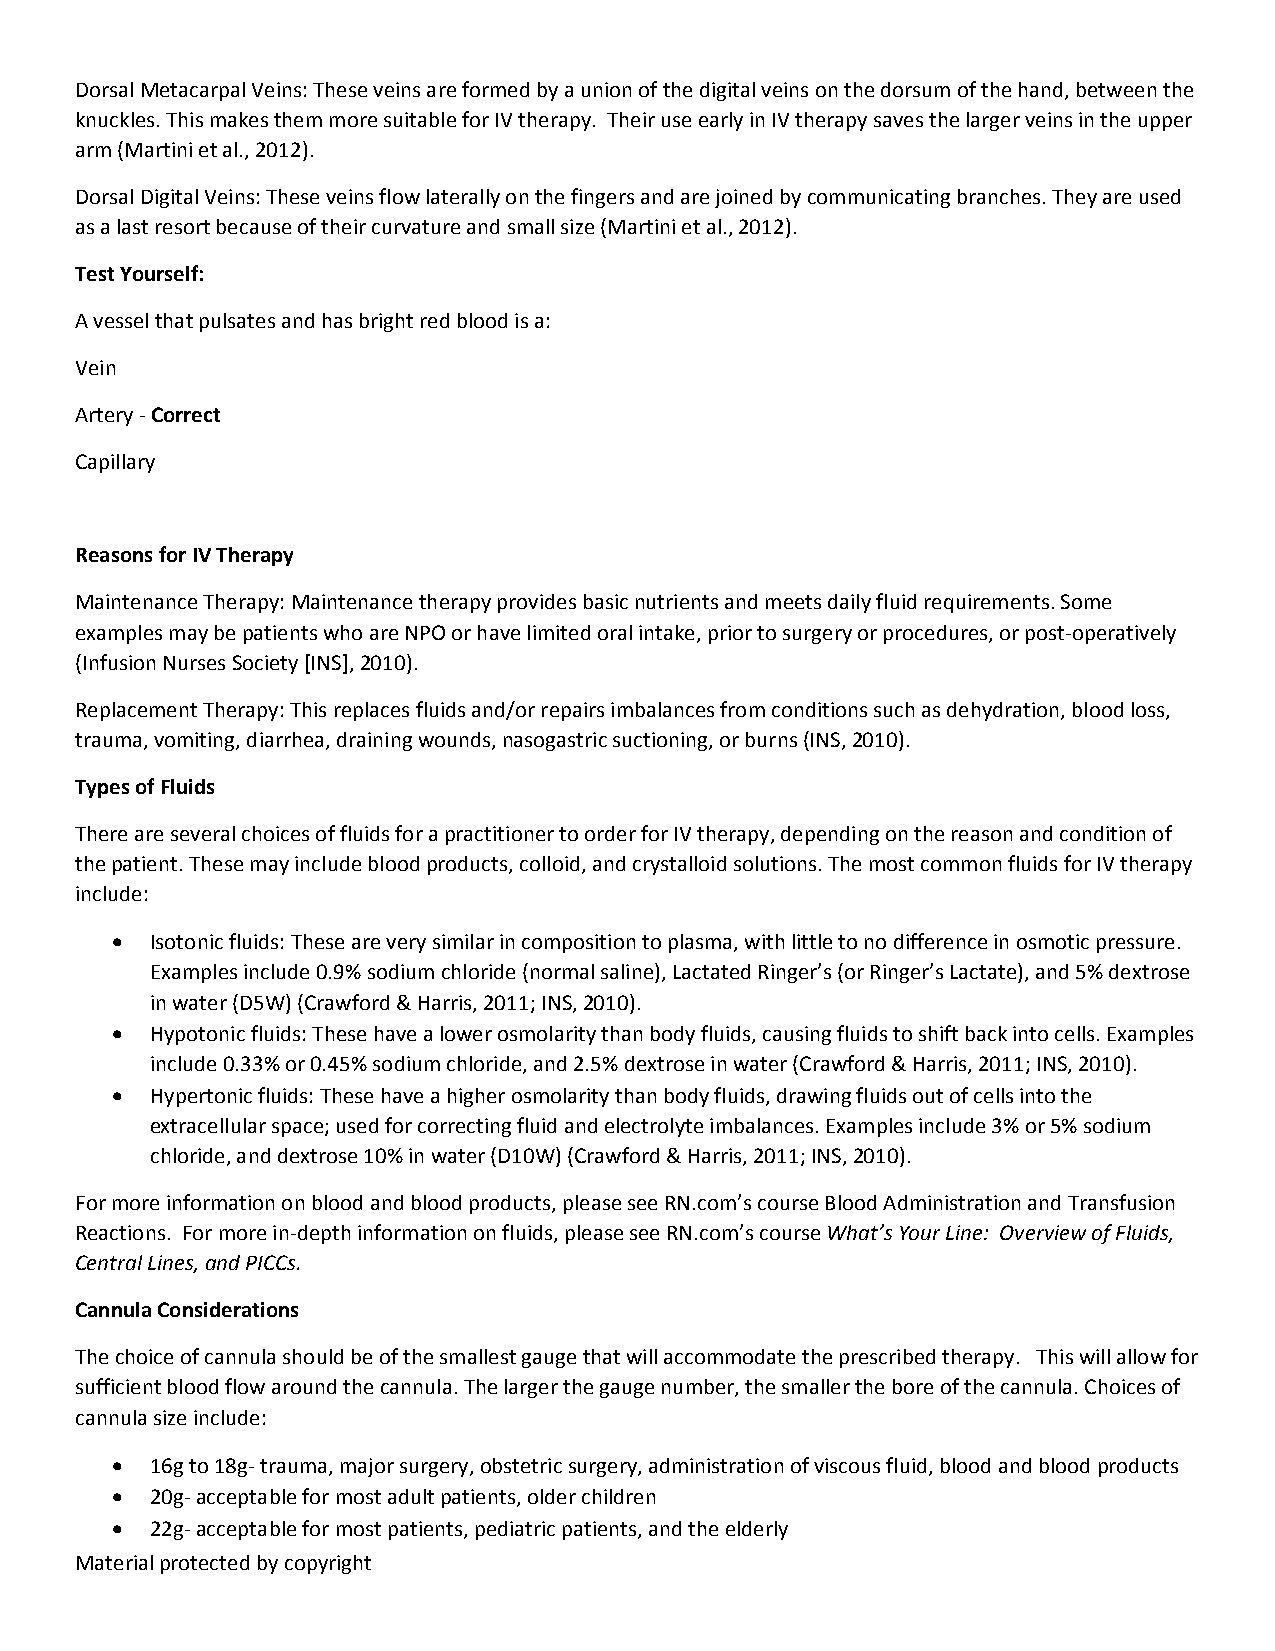
Dorsal Metacarpal Veins: These veins are formed by a union of the digital veins on the dorsum of the hand, between the
 knuckles. This makes them more suitable for IV therapy. Their use early in IV therapy saves the larger veins in the upper
 arm (Martini et al., 2012).
 Dorsal Digital Veins: These veins flow laterally on the fingers and are joined by communicating branches. They are used
 as a last resort because of their curvature and small size (Martini et al., 2012).
 Test Yourself:
 A vessel that pulsates and has bright red blood is a:
 Vein
 Artery ‐ Correct
 Capillary
 Reasons for IV Therapy
 Maintenance Therapy: Maintenance therapy provides basic nutrients and meets daily fluid requirements. Some
 examples may be patients who are NPO or have limited oral intake, prior to surgery or procedures, or post‐operatively
 (Infusion Nurses Society [INS], 2010).
 Replacement Therapy: This replaces fluids and/or repairs imbalances from conditions such as dehydration, blood loss,
 trauma, vomiting, diarrhea, draining wounds, nasogastric suctioning, or burns (INS, 2010).
 Types of Fluids
 There are several choices of fluids for a practitioner to order for IV therapy, depending on the reason and condition of
 the patient. These may include blood products, colloid, and crystalloid solutions. The most common fluids for IV therapy
 include:
   Isotonic fluids: These are very similar in composition to plasma, with little to no difference in osmotic pressure.
 Examples include 0.9% sodium chloride (normal saline), Lactated Ringer’s (or Ringer’s Lactate), and 5% dextrose
 in water (D5W) (Crawford & Harris, 2011; INS, 2010).
   Hypotonic fluids: These have a lower osmolarity than body fluids, causing fluids to shift back into cells. Examples
 include 0.33% or 0.45% sodium chloride, and 2.5% dextrose in water (Crawford & Harris, 2011; INS, 2010).
   Hypertonic fluids: These have a higher osmolarity than body fluids, drawing fluids out of cells into the
 extracellular space; used for correcting fluid and electrolyte imbalances. Examples include 3% or 5% sodium
 chloride, and dextrose 10% in water (D10W) (Crawford & Harris, 2011; INS, 2010).
 For more information on blood and blood products, please see RN.com’s course Blood Administration and Transfusion
 Reactions. For more in‐depth information on fluids, please see RN.com’s course What’s Your Line: Overview of Fluids,
 Central Lines, and PICCs.
 Cannula Considerations
 The choice of cannula should be of the smallest gauge that will accommodate the prescribed therapy. This will allow for
 sufficient blood flow around the cannula. The larger the gauge number, the smaller the bore of the cannula. Choices of
 cannula size include:
   16g to 18g‐ trauma, major surgery, obstetric surgery, administration of viscous fluid, blood and blood products
   20g‐ acceptable for most adult patients, older children
   22g‐ acceptable for most patients, pediatric patients, and the elderly
 Material protected by copyright